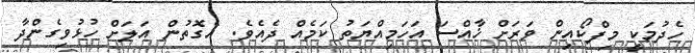
ހެދުމަކީ މިފްކޯއިން ވަރަށް ޚާއްސަ އަހަމިއްޔަތު ކަމެއް ދެއެވެ. އެގޮތުން އަލަށް ހުޅުވިގެންދާ